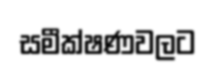
සමීක්ෂණවලට